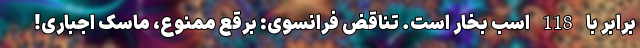
برابر با 118 اسب بخار است. تناقض فرانسوی: برقع ممنوع، ماسک اجباری!